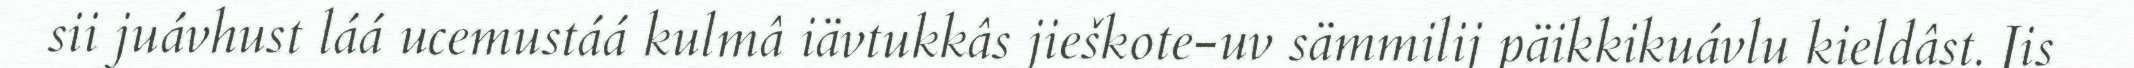
sii juávhust láá ucemustáá kulmâ iävtukkâs jieškote-uv sämmilij päikkikuávlu kieldâst. Jis